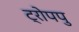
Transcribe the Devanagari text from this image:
ट्रोपपु